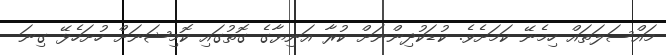
މައްސަލަތައް ހިމެނޭ ކަމަށެވެ. ކުޑަކުދިންނަށް ކުރާ އަނިޔާގެ ގޮތުގައި ކޮމިޝަނަށް ހުށަހެޅޭ ގިނަ